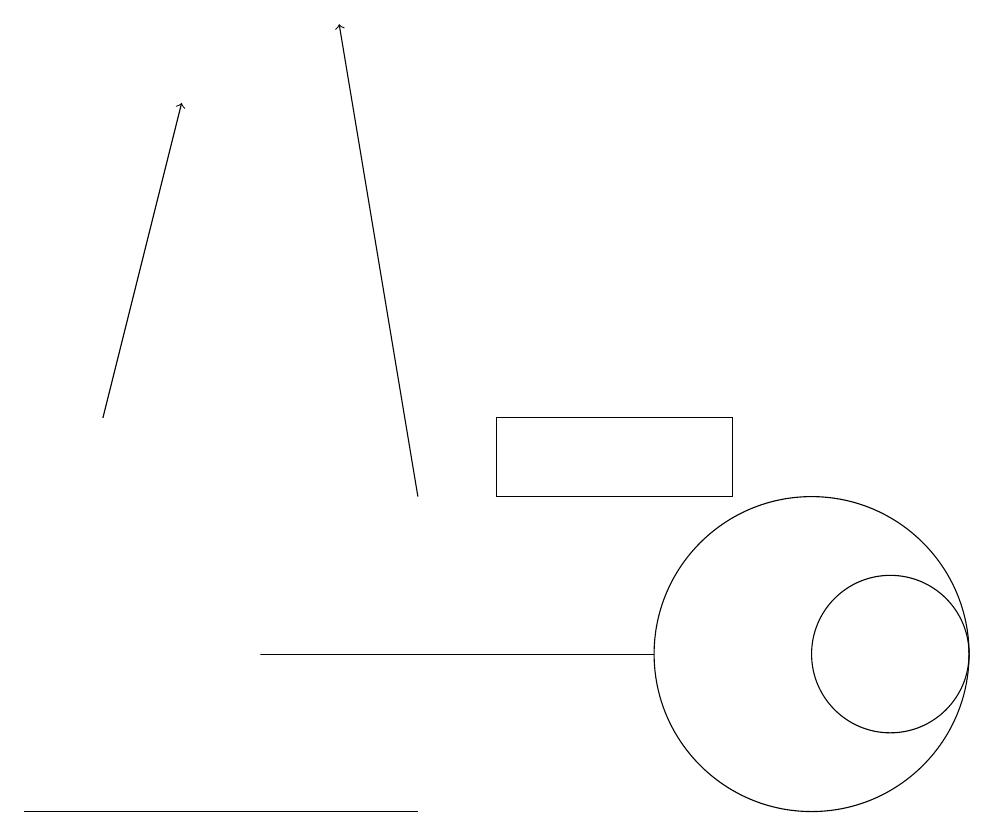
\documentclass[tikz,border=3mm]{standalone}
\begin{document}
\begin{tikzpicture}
\draw (5,8) -- (4,8) -- (0,8) -- cycle;
\draw (9,12) rectangle (6,13);
\draw (11,10) circle (1);
\draw (10,10) circle (2);
\draw[->] (1,13) -- (2,17);
\draw (8,10) rectangle (3,10);
\draw[->] (5,12) -- (4,18);
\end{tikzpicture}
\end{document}